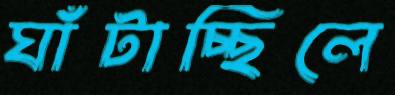
ঘাঁটাচ্ছিলে